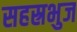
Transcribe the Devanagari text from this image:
सहस्रभुज